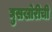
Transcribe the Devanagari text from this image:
घुसखोरीची